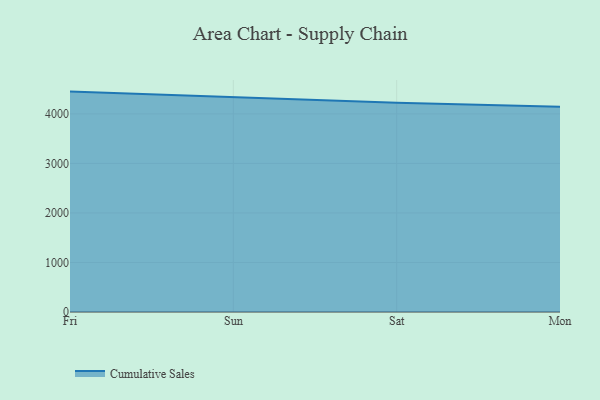
{"axis": {"x": "Day", "y": "Headcount"}, "legend": ["Cumulative Sales"], "data": [{"x": "Fri", "y": 4450.3, "type": "Cumulative Sales"}, {"x": "Sun", "y": 4342.9, "type": "Cumulative Sales"}, {"x": "Sat", "y": 4226.8, "type": "Cumulative Sales"}, {"x": "Mon", "y": 4142.7, "type": "Cumulative Sales"}]}